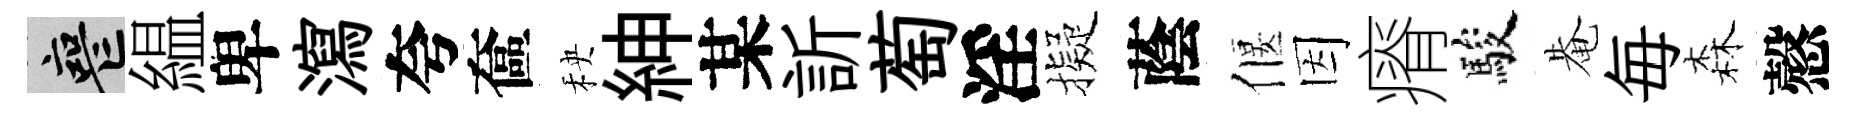
喪緼卑瀉夸奩秧紳某訢萄淫擬蔭偃因瘠駿𤲅毎森慤